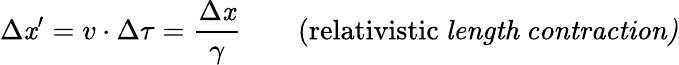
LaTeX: \Delta\mathit{x}^{\prime}=v\cdot\Delta\tau=\frac{{\Delta\mathit{x}}}{{\gamma}}\qquad\mathrm{{(relativistic}}\ \mathit{{length\ contraction)}}